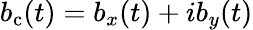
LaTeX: b_{\mathrm{c}}(t)=b_{x}(t)+ib_{y}(t)